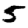
Digit: 5